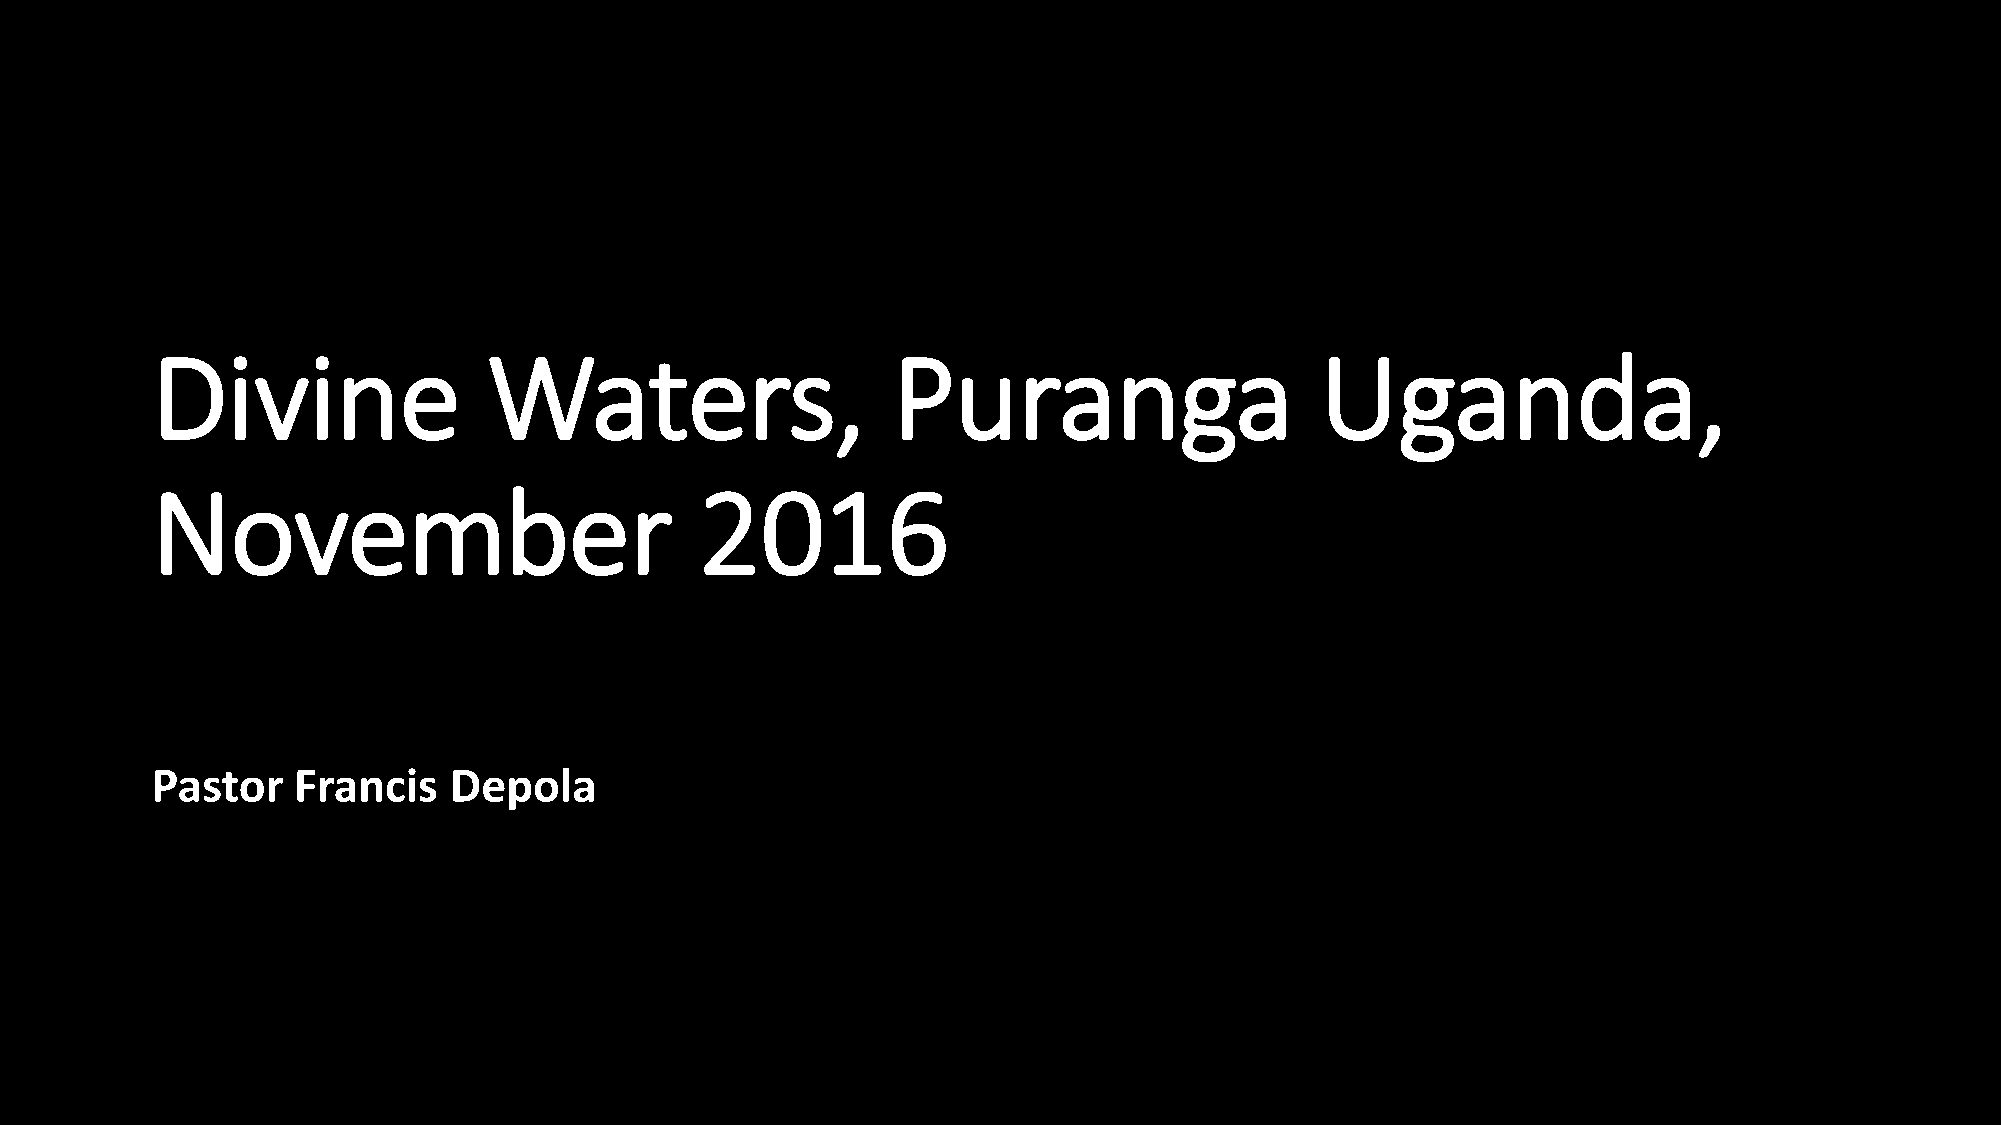
Divine                Waters,                    Puranga                     Uganda,
 November                            2016
 Pastor   Francis    Depola